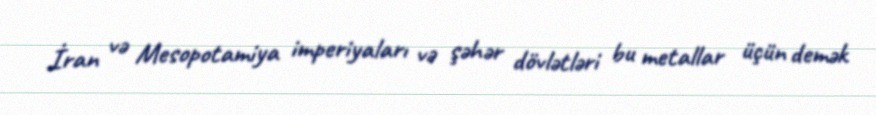
İran və Mesopotamiya imperiyaları və şəhər dövlətləri bu metallar üçün demək